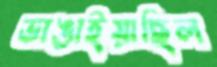
ভাঙাইয়াছিল